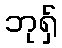
ဘုရှ်